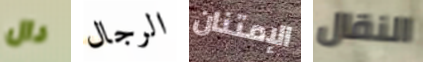
دال الرجال الإمتنان النقال